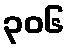
၃၀၆